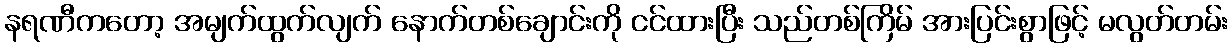
နရဏီကတော့ အမျက်ထွက်လျက် နောက်တစ်ချောင်းကို ငင်ထားပြီး သည်တစ်ကြိမ် အားပြင်းစွာဖြင့် မလွတ်တမ်း